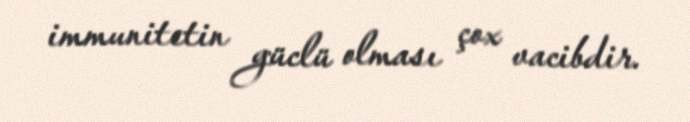
immunitetin güclü olması çox vacibdir.